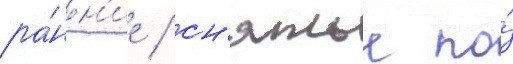
ра́нн'ие / сн'ятые по́